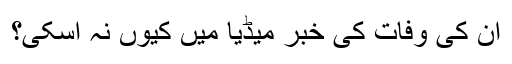
ان کی وفات کی خبر میڈیا میں کیوں نہ آسکی؟